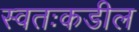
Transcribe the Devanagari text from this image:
स्वतःकडील